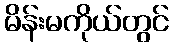
မိန်းမကိုယ်တွင်